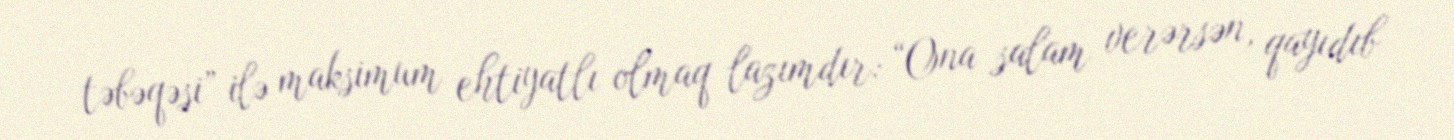
təbəqəsi” ilə maksimum ehtiyatlı olmaq lazımdır: “Ona salam verərsən, qayıdıb